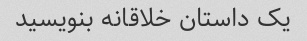
یک داستان خلاقانه بنویسید